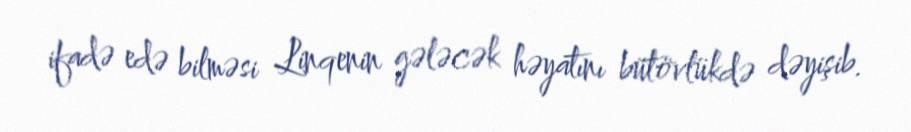
ifadə edə bilməsi Linqenin gələcək həyatını bütövlükdə dəyişib.